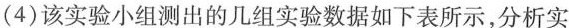
(4)该实验小组测出的几组实验数据如下表所示，分析实